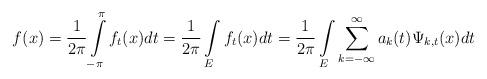
LaTeX: \begin{align*}f(x)=\frac{1}{2\pi}\int\limits_{-\pi}^{\pi}f_{t}(x)dt=\frac{1}{2\pi}\int\limits_{E}f_{t}(x)dt=\frac{1}{2\pi}\int\limits_{E}\sum\limits_{k=-\infty}^{\infty}a_{k}(t)\Psi_{k,t}(x)dt\end{align*}